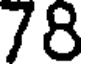
78